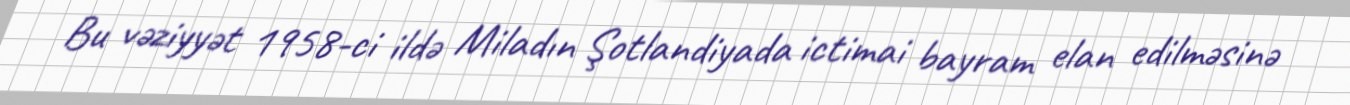
Bu vəziyyət 1958-ci ildə Miladın Şotlandiyada ictimai bayram elan edilməsinə